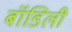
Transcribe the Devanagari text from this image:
बॉडिली